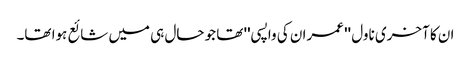
ان کا آخری ناول '' عمران کی واپسی'' تھا جو حال ہی میں شائع ہوا تھا۔